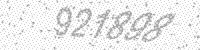
Solution: 921898